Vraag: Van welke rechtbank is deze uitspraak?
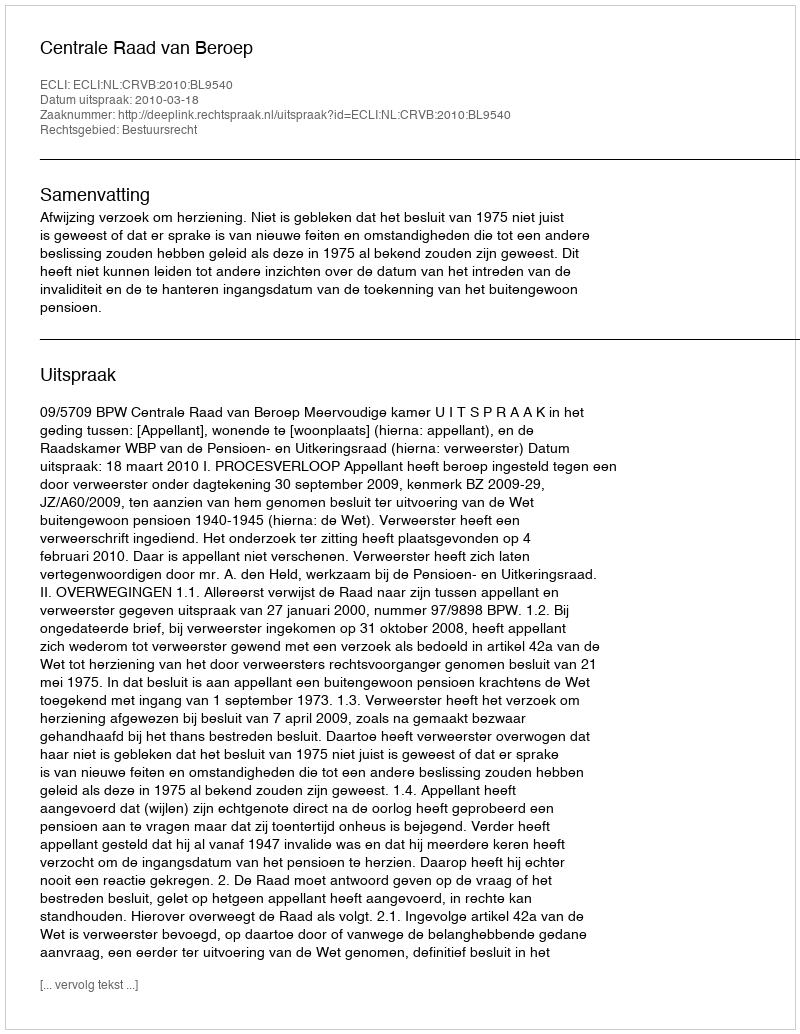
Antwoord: Centrale Raad van Beroep